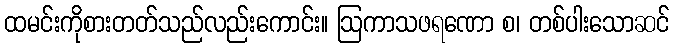
ထမင်းကိုစားတတ်သည်လည်းကောင်း။ ဩကာသဖရဏော စ၊ တစ်ပါးသောဆင်